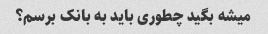
میشه بگید چطوری باید به بانک برسم؟